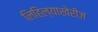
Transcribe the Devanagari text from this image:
लिहिल्याखेरीज